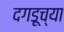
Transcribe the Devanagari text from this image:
दगडूच्या